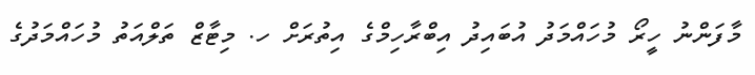
މާފަންނު ހީރޯ މުހައްމަދު އުބައިދު އިބްރާހިމްގެ އިތުރަށް ހ. މިޓާޒް ތަލްއަތު މުހައްމަދުގެ